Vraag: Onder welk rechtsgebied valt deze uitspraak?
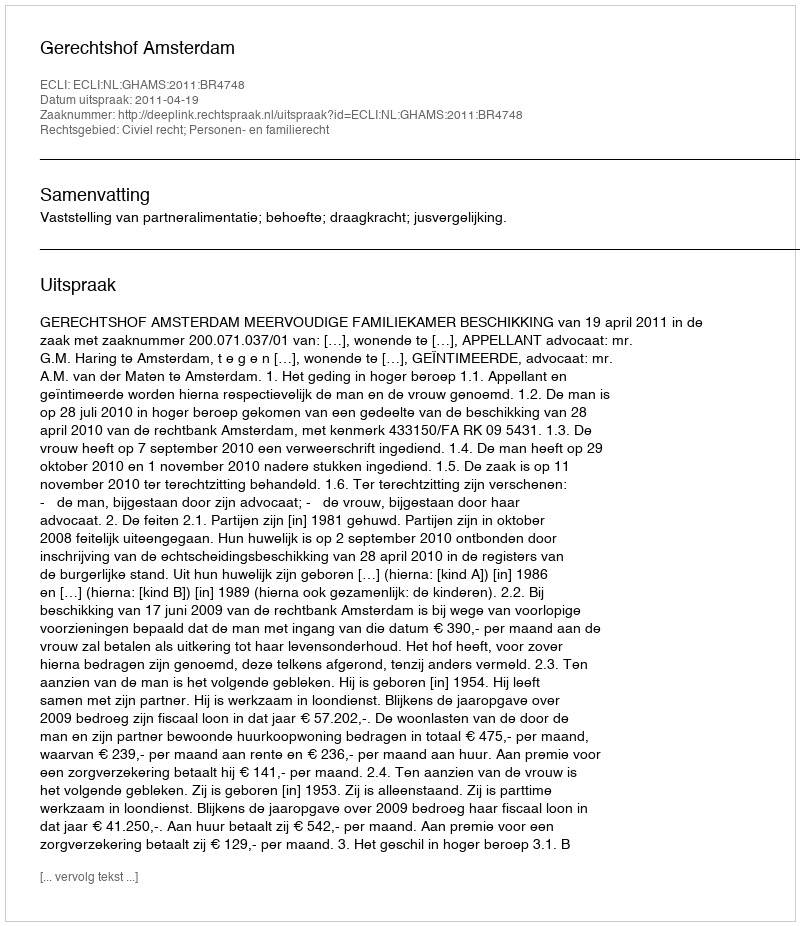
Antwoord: Civiel recht; Personen- en familierecht